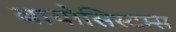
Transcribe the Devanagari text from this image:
बायोसिस्टम्स